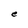
Character: e